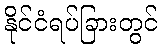
နိုင်ငံရပ်ခြားတွင်